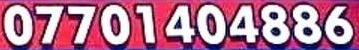
07701404886